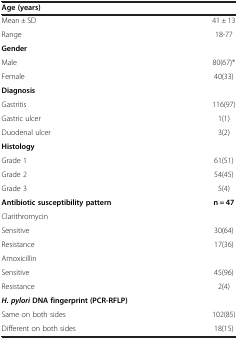
<table><thead><tr><td><b>Age (years)</b></td><td><b> </b></td></tr></thead><tbody><tr><td>Mean ± SD</td><td>41 ± 13</td></tr><tr><td>Range</td><td>18-77</td></tr><tr><td><b>Gender</b></td><td> </td></tr><tr><td>Male</td><td>80(67)*</td></tr><tr><td>Female</td><td>40(33)</td></tr><tr><td><b>Diagnosis</b></td><td> </td></tr><tr><td>Gastritis</td><td>116(97)</td></tr><tr><td>Gastric ulcer</td><td>1(1)</td></tr><tr><td>Duodenal ulcer</td><td>3(2)</td></tr><tr><td><b>Histology</b></td><td> </td></tr><tr><td>Grade 1</td><td>61(51)</td></tr><tr><td>Grade 2</td><td>54(45)</td></tr><tr><td>Grade 3</td><td>5(4)</td></tr><tr><td><b>Antibiotic susceptibility pattern</b></td><td><b>n = 47</b></td></tr><tr><td>Clarithromycin</td><td> </td></tr><tr><td>Sensitive</td><td>30(64)</td></tr><tr><td>Resistance</td><td>17(36)</td></tr><tr><td>Amoxicillin</td><td> </td></tr><tr><td>Sensitive</td><td>45(96)</td></tr><tr><td>Resistance</td><td>2(4)</td></tr><tr><td><b><i>H. pylori </i></b><b>DNA fingerprint (PCR-RFLP)</b></td><td> </td></tr><tr><td>Same on both sides</td><td>102(85)</td></tr><tr><td>Different on both sides</td><td>18(15)</td></tr></tbody></table>